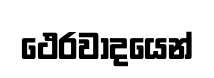
ථෙරවාදයෙන්